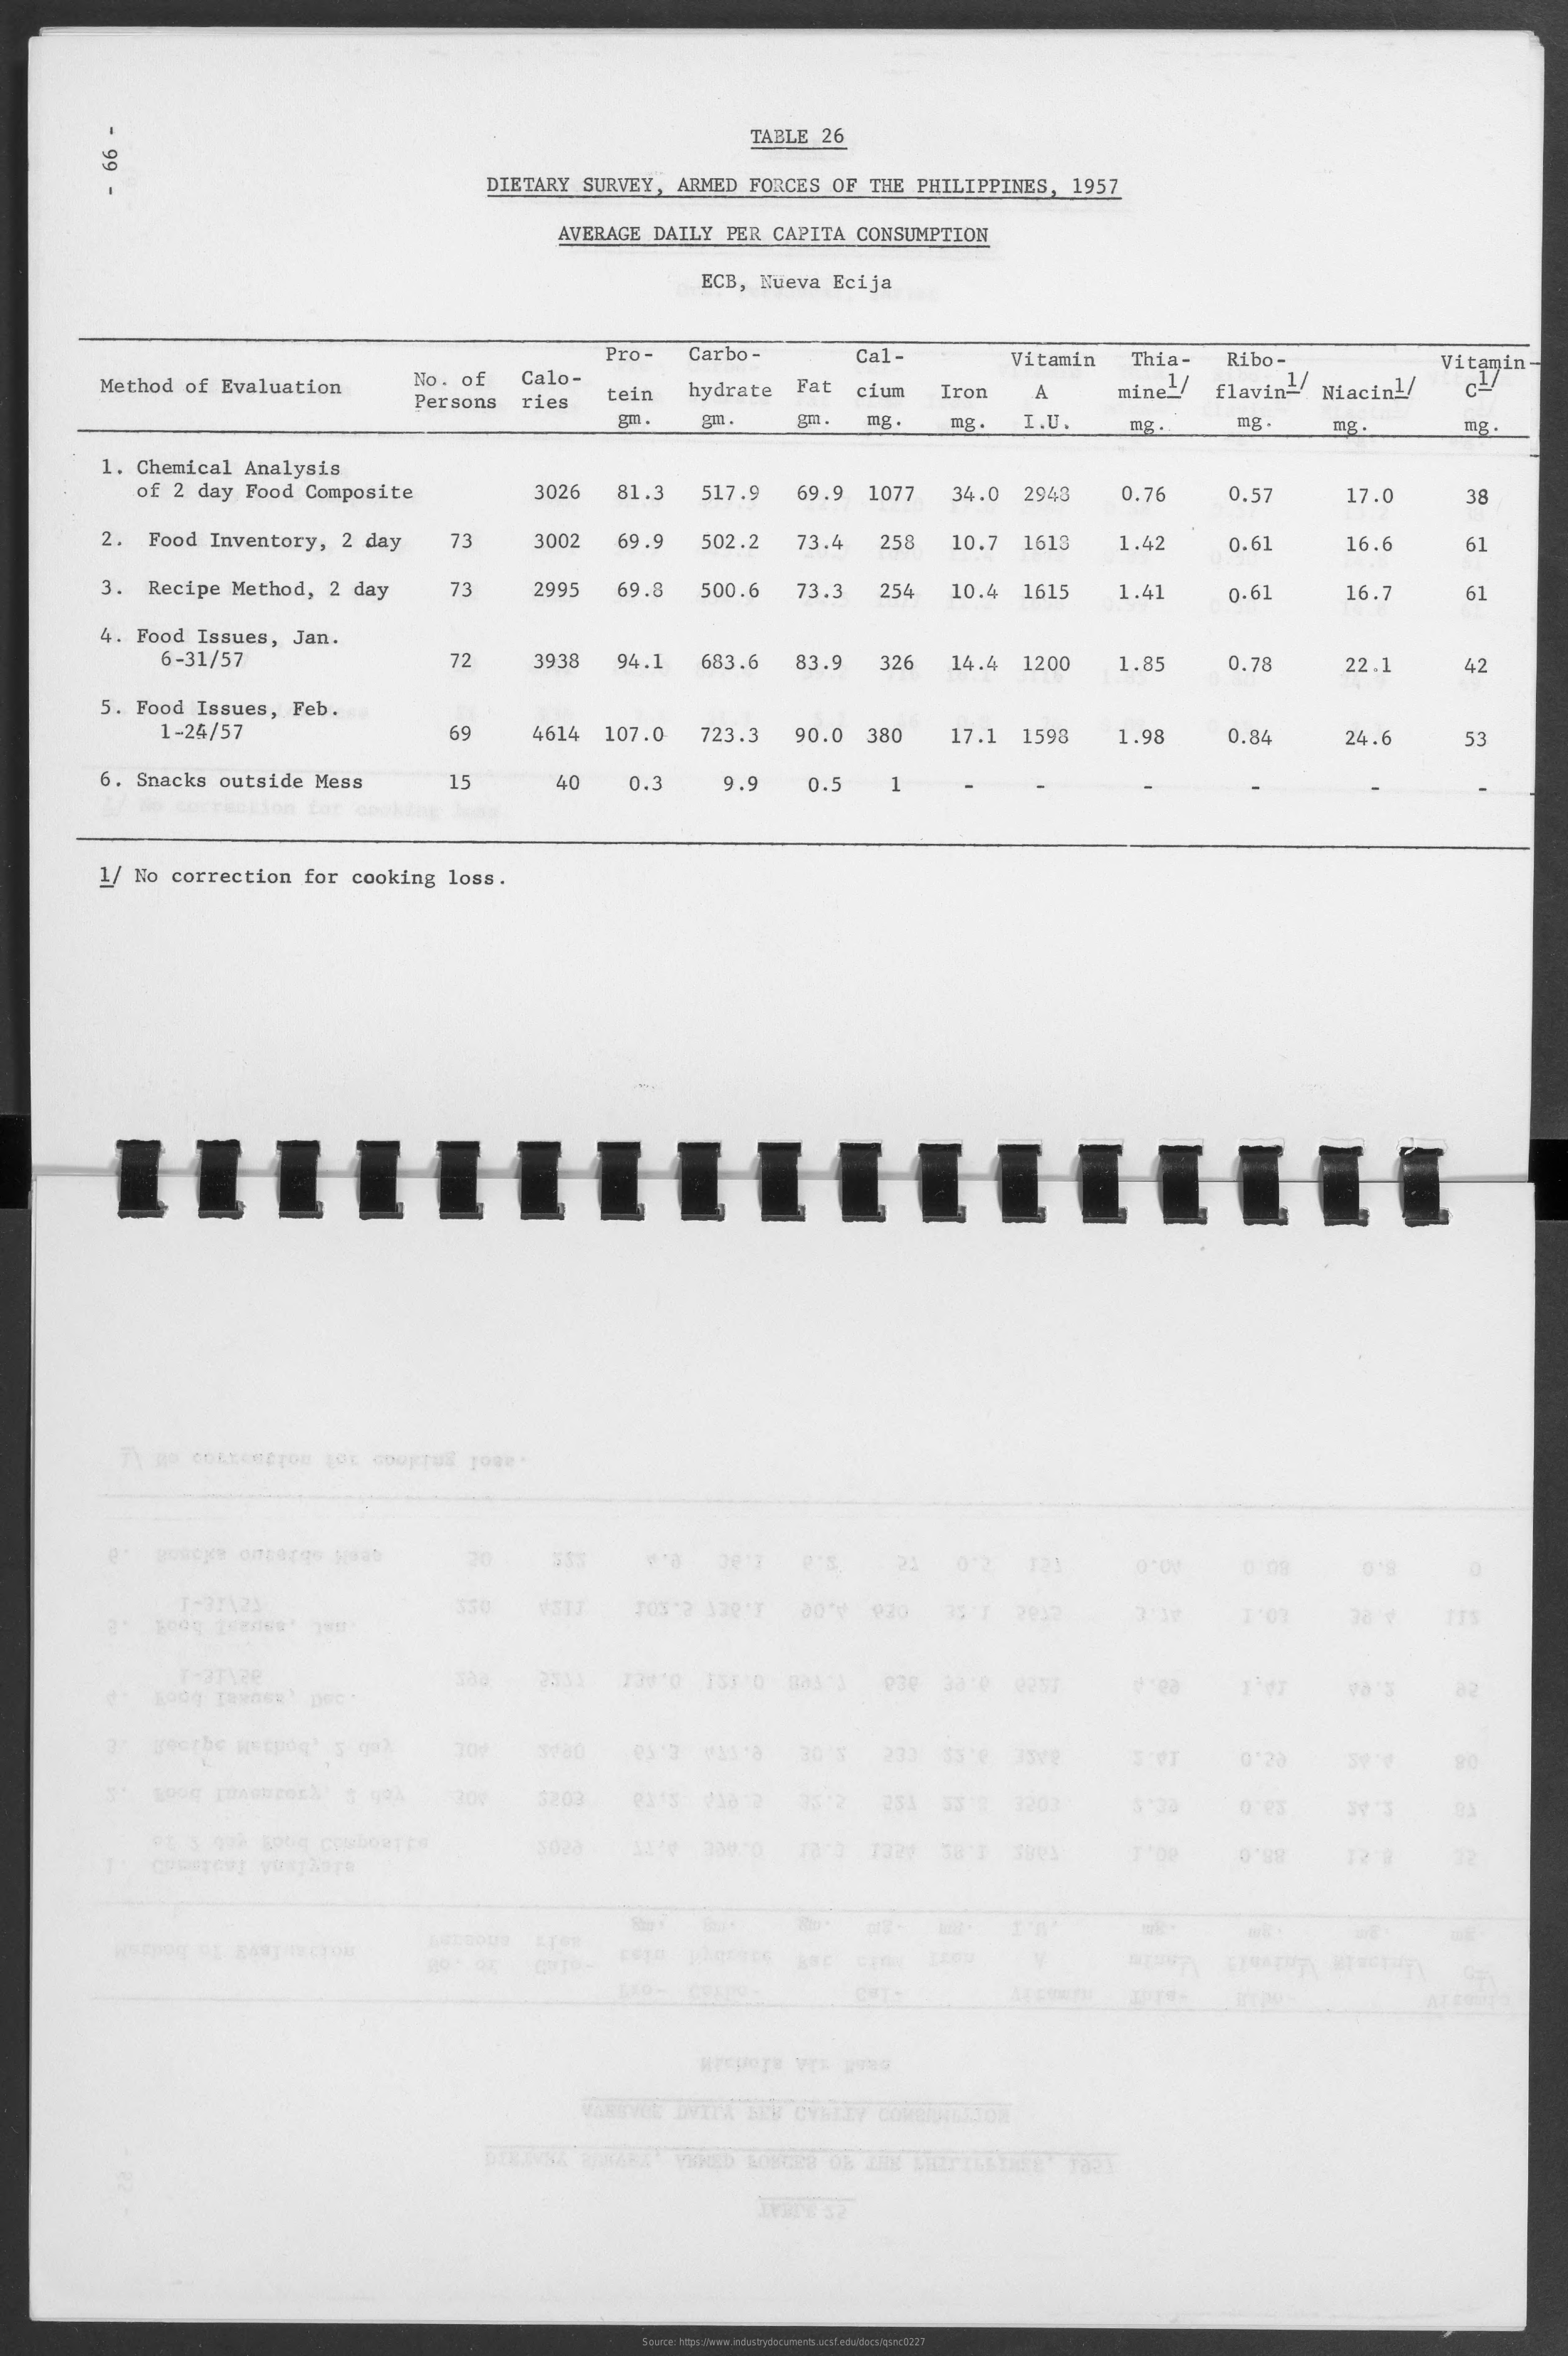
TABLE 26
     99
     DIETARY SURVEY, ARMED FORCES OF THE PHILIPPINES, 1957
     AVERAGE DAILY PER CAPITA CONSUMPTION
     ECB, Nueva Ecija
     Pro - Carbo- Cal-  Vitamin Thia- Ribo- Vitamin-
     Method of Evaluation No. of Calo-
     ries
     tein hydrate Fat
     Persons
     cium Iron A mine/ flavin=/ Niacin1/
     gm .    mg.    I.U. mg . mg  mg.   mg.
     1. Chemical Analysis
     of 2 day Food Composite 3026 81.3 517.9 69.9 1077 34.0 2943 3.76 0.57 17.0 38
     2. Food Inventory, 2 day 73 3002 69.9 502.2 73.4 258 10.7 1613 1.42 0.61 16.6 61
     3. Recipe Method, 2 day 73 2995 69.8 500.6 73.3 254 10.4 1615 1.41 0.61 16.7 61
     4. Food Issues, Jan.
     6-31/57    72  393 94.1 683.6 83.9 326 14.4 1200 1.85 0.78 22.1 42
     5. Food Issues, Feb.
     1-24/57    69  4614 107.0 723.3 90.0 380 17.1 1598 1.98 0.84 24.6 53
     6. Snacks outside Mess 15 40 0.3 9.9 0.5
     1/ No correction for cooking loss.
     Bonoge omberge jab    21
     2032
     T-aTwee
     30'S    0'20
     3203    95 12 251 53 8 3203
     3 098 kobig couboutta 3028
     ETOR
     GUTOS    GIRATHE
     Source: https://www.industrydocuments.ucsf.edu/docs/qsnc0227